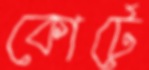
কোর্টে